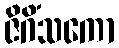
ဇိဂိံသကော